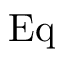
\operatorname { E q }